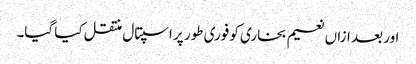
اور بعد ازاں نعیم بخاری کو فوری طور پر اسپتال منتقل کیا گیا۔